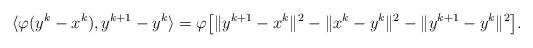
LaTeX: \begin{align*}\langle \varphi(y^{k}-x^{k}),y^{k+1}-y^{k} \rangle&=\varphi\big[\|y^{k+1}-x^k\|^2-\|x^k-y^{k}\|^2-\|y^{k+1}-y^k\|^2\big].\end{align*}